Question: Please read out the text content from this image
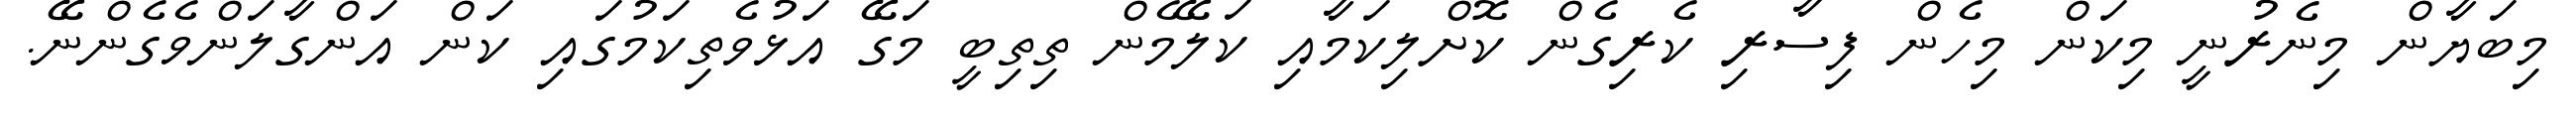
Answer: މިބަޔާން މިނެރުނީ މިކަން މިހެން ފިސާރި ކެރިގެން ކޮށްލިކަމާއި ކަލޭމެން ތިތިބީ މަގޭ އަޅުވެތިކަމުގައި ކަން އަންގާލަންވެގެންނޭ.